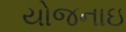
યોજનાઇ